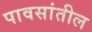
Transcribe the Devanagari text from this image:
पावसांतील